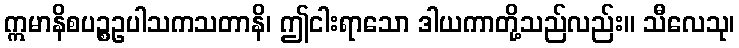
ဣမာနိစပဉ္စဥပါသကသတာနိ၊ ဤငါးရာသော ဒါယကာတို့သည်လည်း။ သီလေသု၊